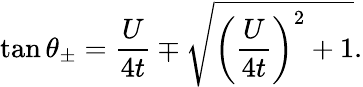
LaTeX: \tan\theta_{\pm}=\frac{U}{4t}\mp\sqrt{\left(\frac{U}{4t}\right)^{2}+1}.